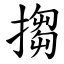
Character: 搊